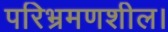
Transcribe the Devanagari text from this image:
परिभ्रमणशील।